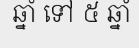
ឆ្នាំ ទៅ ៥ ឆ្នាំ